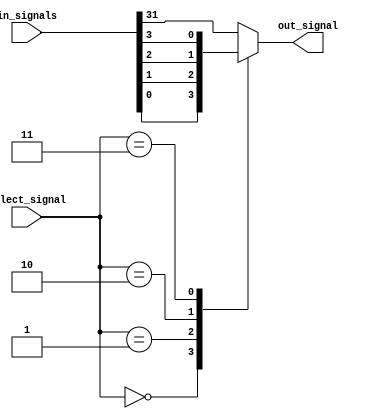
module mux_32to1 (
    input [31:0] in_signals,
    input [4:0] select_signal,
    output reg out_signal
);

always @(*) begin
    case (select_signal)
        5'b00000: out_signal = in_signals[0];
        5'b00001: out_signal = in_signals[1];
        5'b00010: out_signal = in_signals[2];
        5'b00011: out_signal = in_signals[3];
        // Add more cases for the remaining inputs
        default: out_signal = in_signals[31]; // Default case
    endcase
end

endmodule